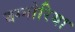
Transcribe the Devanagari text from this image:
बग्नोरिया